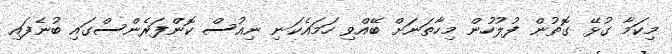
މިކަމާ ގުޅޭ ގޮތުން ފުލުހުން މިހާތަނަށް ބޭއްވި ހަމައެކަނި ނިއުސް ކޮންފަރެންސްގައި ބުނެފައި